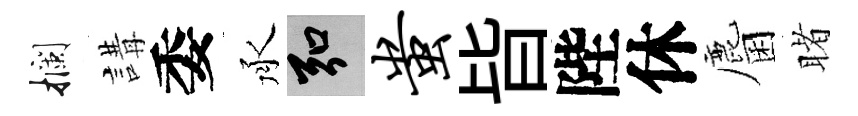
攔講委承弘蚩𣅜陛休麕睹